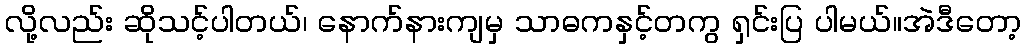
လို့လည်း ဆိုသင့်ပါတယ်၊ နောက်နားကျမှ သာဓကနှင့်တကွ ရှင်းပြ ပါမယ်။အဲဒီတော့